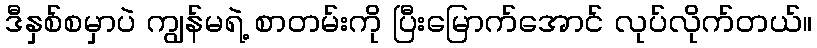
ဒီနှစ်စမှာပဲ ကျွန်မရဲ့ စာတမ်းကို ပြီးမြောက်အောင် လုပ်လိုက်တယ်။